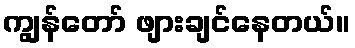
ကျွန်တော် ဖျားချင်နေတယ်။